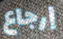
إرجاع